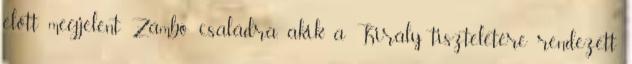
előtt megjelent Zámbó családra, akik a Király tiszteletére rendezett